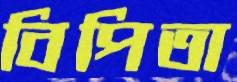
বিপিতা